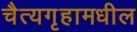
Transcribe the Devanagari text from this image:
चैत्यगृहामधील